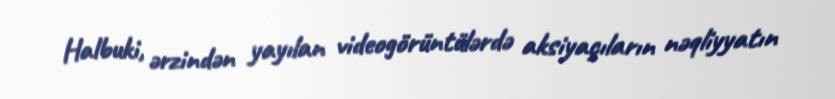
Halbuki, ərzindən yayılan videogörüntülərdə aksiyaçıların nəqliyyatın